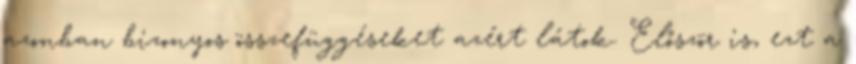
azonban bizonyos összefüggéseket azért látok. Először is, ezt a